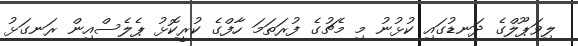
ލިވަޕޫލްގެ ދަނޑުގައި ކުޅުނު މި މެޗުގެ ފުރަތަމަ ހާފްގެ ކުރީކޮޅު ޕެލެސްއިން ރަނގަޅު